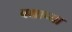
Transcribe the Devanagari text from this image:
वक्षाच्या